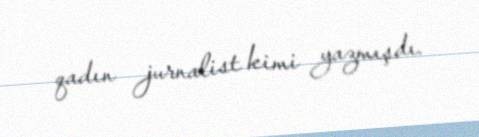
qadın jurnalist kimi yazmışdı.